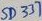
Text: SD337